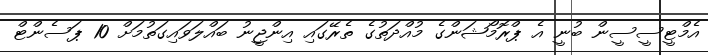
އެމްޓީސީސީން ބުނީ އެ ޕްރޮމޯޝަންގެ މުއްދަތުގެ ތެރޭގައި އިންޖީނު ބައްލަވައިގަތުމަށް 10 ޕަސެންޓް